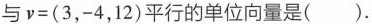
与$$v=(3，-4，12)$$平行的单位向量是( ).